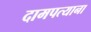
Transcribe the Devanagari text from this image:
दामपत्याना